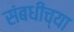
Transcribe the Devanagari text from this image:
संबधीच्या